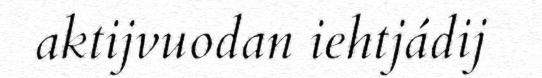
aktijvuodan iehtjádij